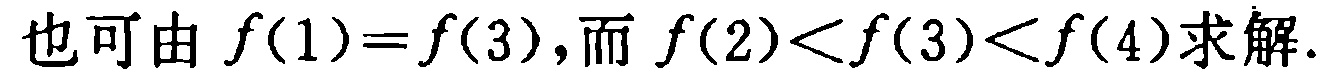
也可由 \(f(1)=f(3)\),而 \(f(2)<f(3)<f(4)\)求解.